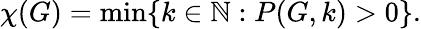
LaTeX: \chi(G)=\operatorname*{min}\{ k\in\mathbb{N}:P(G,k)>0\} .